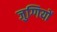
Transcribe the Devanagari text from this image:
जुग्गियों